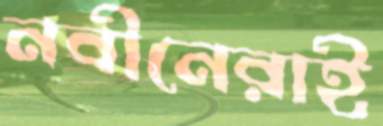
নবীনেরাই